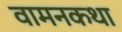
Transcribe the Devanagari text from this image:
वामनकथा